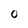
Character: 0